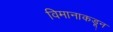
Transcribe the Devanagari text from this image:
विमानाकडून